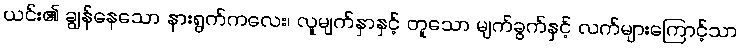
ယင်း၏ ချွန်နေသော နားရွက်ကလေး၊ လူမျက်နှာနှင့် တူသော မျက်ခွက်နှင့် လက်များကြောင့်သာ